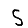
Digit: 5